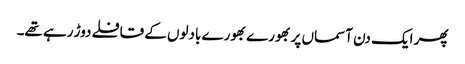
پھر ایک دن آسماں پر بھورے بھورے بادلوں کے قافلے دوڑ رہے تھے۔